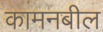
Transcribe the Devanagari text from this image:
कामनबील